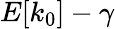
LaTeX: E[k_{0}]-\gamma